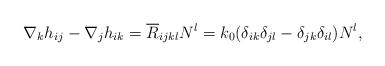
LaTeX: \begin{align*} \nabla_k h_{ij} - \nabla_j h_{ik} = \overline{R}_{ijkl}N^l = k_0(\delta_{ik}\delta_{jl}-\delta_{jk}\delta_{il})N^l,\end{align*}